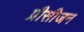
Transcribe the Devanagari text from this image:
प्रीसीजन